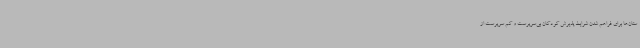
ستان‌ها برای فراهم شدن شرایط پذیرش کودکان بی‌سرپرست و کم سرپرست از